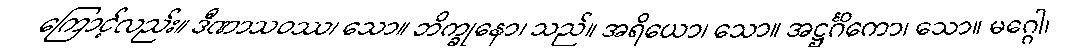
ကြောင့်လည်း။ ဒီဏာသဝဿ၊ သော။ ဘိက္ခုနော၊ သည်။ အရိယော၊ သော။ အဋ္ဌင်္ဂိကော၊ သော။ မဂ္ဂေါ၊